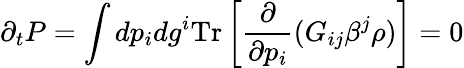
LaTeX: \partial_{t}P=\int dp_{i}dg^{i}\mathrm{Tr}\left[{\frac{\partial}{\partial p_{i}}}(G_{ij}\beta^{j}\rho)\right]=0